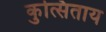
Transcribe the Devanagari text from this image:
कुत्सिताय